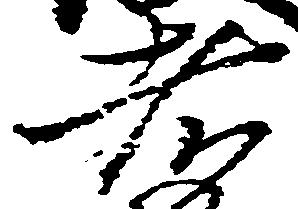
者